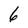
Character: 6